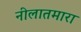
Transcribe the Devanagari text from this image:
नीलातमारा